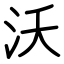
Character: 沃